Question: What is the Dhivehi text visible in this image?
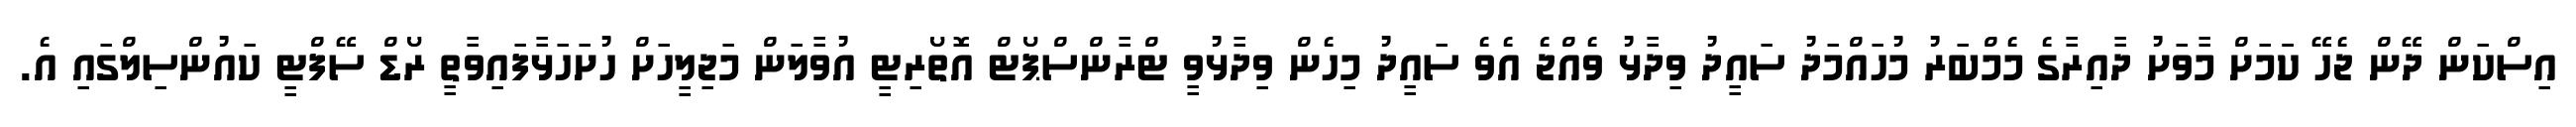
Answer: އިސްކަން ދޭން ޖެހޭ ކަަމަށް މާވަށު ދާއިރާގެ މެމްބަރު މުހައްމަދު ސައީދު ވިދާޅު ވެއްޖެ އެވެ ސައީދު މިހެން ވިދާޅުވީ ޓްރާންސްޕޯޓް އޮތޯރިޓީ އުވާލަން މަޖިލީހަށް ހުށަހަޅާފައިވާތީ ރޯޑް ސޭފްޓީ ކައުންސިލްގައި އެ.